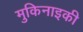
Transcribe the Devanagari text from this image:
मुकिनाइकी